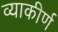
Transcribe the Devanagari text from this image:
व्याकीर्ण